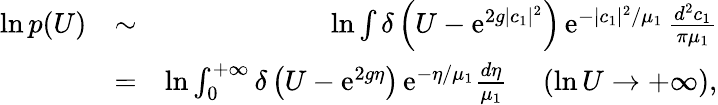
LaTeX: \begin{array}{rlr}{\ln p(U)}&{\sim}&{\ln\int\delta\left(U-\mathrm{e}^{2g\vert c_{1}\vert^{2}}\right)\, \mathrm{e}^{-\vert c_{1}\vert^{2}/\mu_{1}}\, \frac{d^{2}c_{1}}{\pi\mu_{1}}}\\ &{=}&{\ln\int_{0}^{+\infty}\delta\left(U-\mathrm{e}^{2g\eta}\right)\, \mathrm{e}^{-\eta/\mu_{1}}\frac{d\eta}{\mu_{1}}\ \ \ \ \ (\ln U\to+\infty),}\end{array}